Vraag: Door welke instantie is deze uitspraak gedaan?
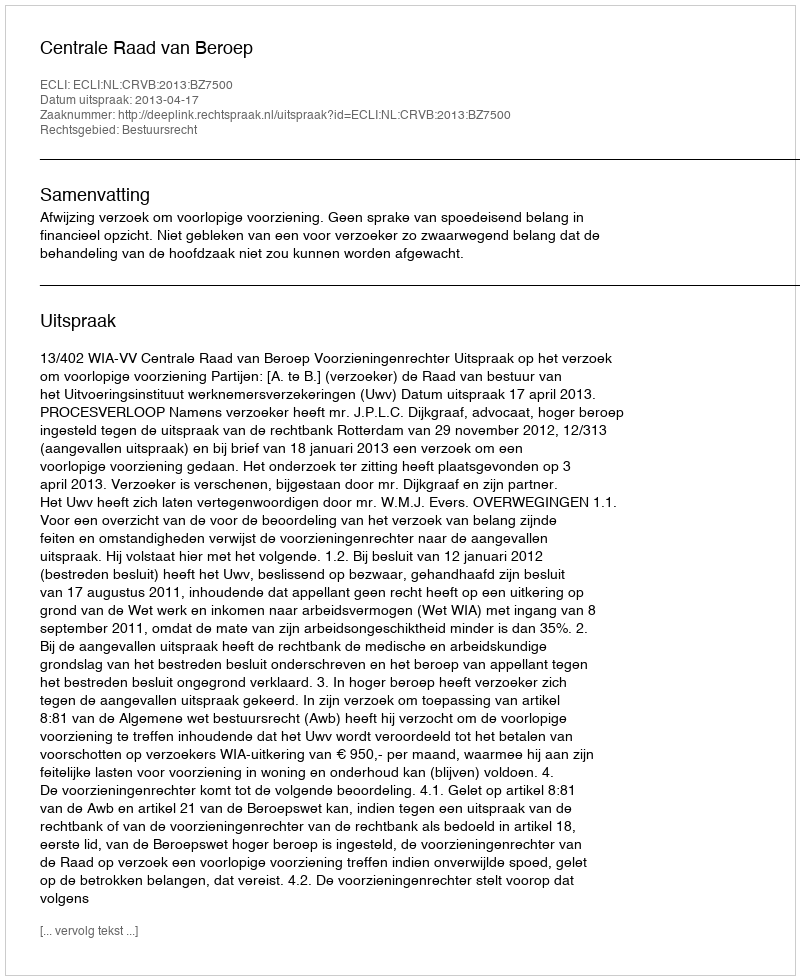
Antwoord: Centrale Raad van Beroep